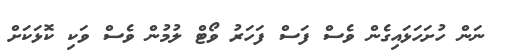
ނަން ހުށަހަޅައިގެން ވެސް ފަސް ފަހަރު ވޯޓް ލުމުން ވެސް ވަކި ކޮޅަކަށް